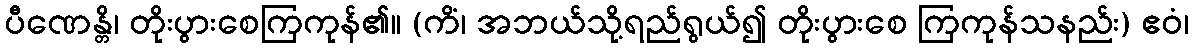
ပီဏေန္တိ၊ တိုးပွားစေကြကုန်၏။ (ကိံ၊ အဘယ်သို့ရည်ရွယ်၍ တိုးပွားစေ ကြကုန်သနည်း) ဧဝံ၊